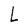
Character: L